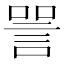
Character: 𬢧